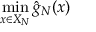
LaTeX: \operatorname* { m i n } _ { x \in X _ { N } } { \hat { g } } _ { N } ( x )